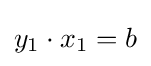
y_{1}\cdot x_{1}=b